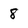
Character: 8